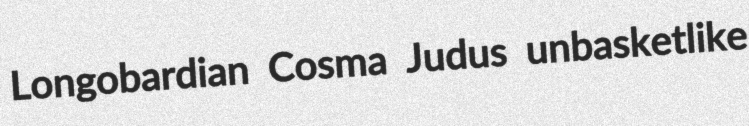
Longobardian Cosma Judus unbasketlike